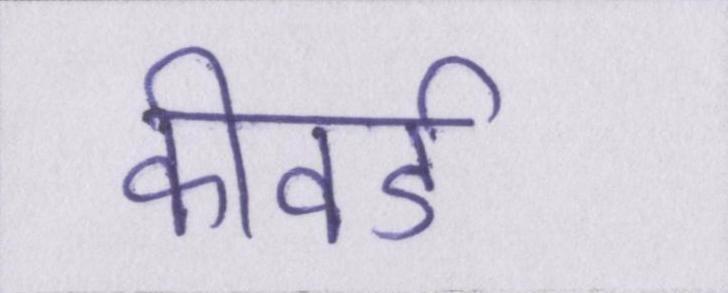
कीवर्ड